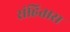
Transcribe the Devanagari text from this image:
संहितास